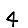
Digit: 4